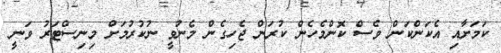
ކަމަށާއި އެކަންކަން ވެސް ކޮންމެހެން ކުރަން ޖެހިގެން މެނުވީ ނުކުރުމަށް މިނިސްޓަރު ވަނީ